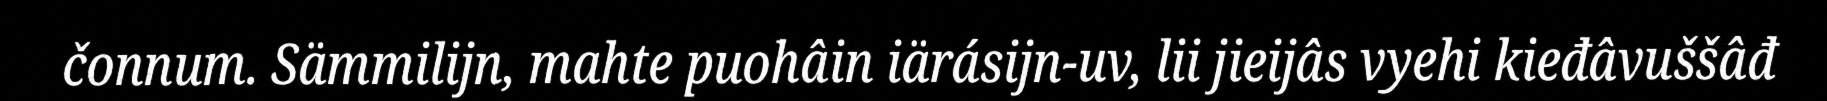
čonnum. Sämmilijn, mahte puohâin iärásijn-uv, lii jieijâs vyehi kieđâvuššâđ